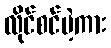
လိုင်စင်မဲ့ကား